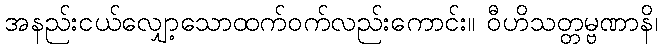
အနည်းငယ်လျှော့သောထက်ဝက်လည်းကောင်း။ ဝီဟိသတ္တမ္ဗဏာနိ၊